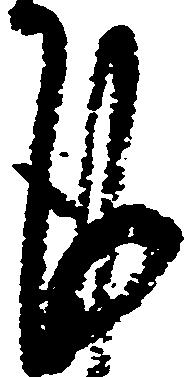
謹